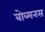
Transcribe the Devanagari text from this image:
बोव्मनस